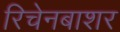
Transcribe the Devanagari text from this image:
रिचेनबाशर